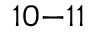
^ { 1 0 - 1 1 }